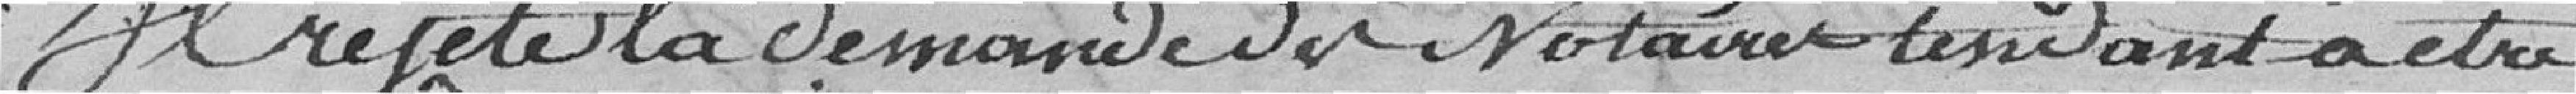
Il rejette la demande du notaire tendant à être